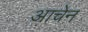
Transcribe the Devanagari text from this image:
आचेन